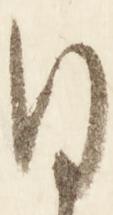
ひ